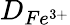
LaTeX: D_{Fe^{3+}}